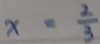
x = \frac { 2 } { 3 }